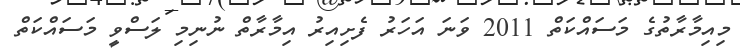
މިއިމާރާތުގެ މަސައްކަތް 2011 ވަނަ އަހަރު ފެށިއިރު އިމާރާތް ނުނިމި ލަސްވީ މަސައްކަތް